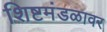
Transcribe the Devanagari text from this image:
शिष्टमंडळावर